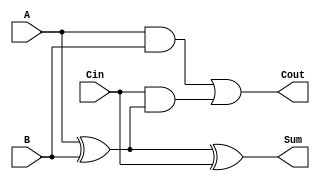
module low_power_full_adder (
    input wire A,       // First input bit
    input wire B,       // Second input bit
    input wire Cin,     // Carry input bit
    output wire Sum,    // Output sum bit
    output wire Cout    // Carry output bit
);

    // Intermediate signals for the XOR operation
    wire AxorB;

    // Calculate the sum
    assign AxorB = A ^ B;           // A XOR B
    assign Sum = AxorB ^ Cin;       // (A XOR B) XOR Cin

    // Calculate the carry out
    assign Cout = (A & B) | (Cin & AxorB); // (A AND B) OR (Cin AND (A XOR B))

endmodule